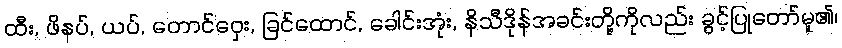
ထီး, ဖိနပ်, ယပ်, တောင်ဝှေး, ခြင်ထောင်, ခေါင်းအုံး, နိသီဒိုန်အခင်းတို့ကိုလည်း ခွင့်ပြုတော်မူ၏၊